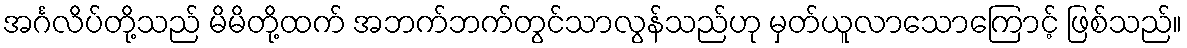
အင်္ဂလိပ်တို့သည် မိမိတို့ထက် အဘက်ဘက်တွင်သာလွန်သည်ဟု မှတ်ယူလာသောကြောင့် ဖြစ်သည်။